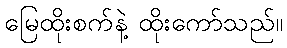
မြေထိုးစက်နဲ့ ထိုးကော်သည်။